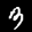
Label: 3